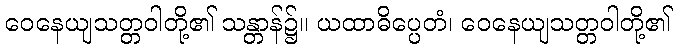
ဝေနေယျသတ္တဝါတို့၏ သန္တာန်၌။ ယထာဓိပ္ပေတံ၊ ဝေနေယျသတ္တဝါတို့၏